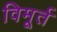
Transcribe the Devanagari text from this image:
विमूर्त